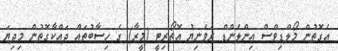
އެގޮތުން މޯލްޑިވްސް އިންލެންޑް ރެވެނިޔު އޮތޯރިޓީ (މީރާ) ގެ ހިސާބުތައް ދައްކާގޮތުން މިދިޔަ